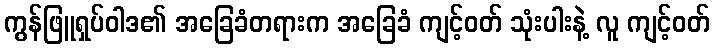
ကွန်ဖြူရှပ်ဝါဒ၏ အခြေခံတရားက အခြေခံ ကျင့်ဝတ် သုံးပါးနဲ့ လူ ကျင့်ဝတ်